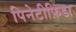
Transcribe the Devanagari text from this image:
पिनेटीफ़िडा